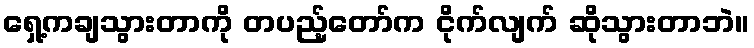
ရှေ့ကချသွားတာကို တပည့်တော်က ငိုက်လျက် ဆိုသွားတာဘဲ။